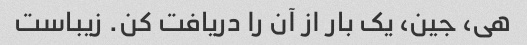
هی، جین، یک بار از آن را دریافت کن. زیباست